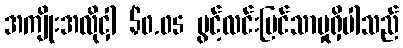
အကျိုးအလိုငှါ $0.05 ပွင့်လင်းမြင်သာမှုရှိပါသည်